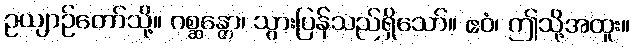
ဥယျာဉ်တော်သို့။ ဂစ္ဆန္တော၊ သွားပြန်သည်ရှိသော်။ ဧဝံ၊ ဤသို့အထူး။